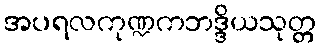
အပရလကုဏ္ဍကဘဒ္ဒိယသုတ္တ